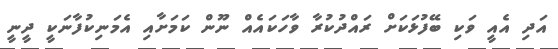
އަދި އެއީ ވަކި ބޭފުޅަކަށް ރައްދުކުރާ ވާހަކައެއް ނޫން ކަމަށާއި އެމަނިކުފާނަކީ ދީނީ